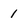
Character: 1